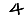
Digit: 4